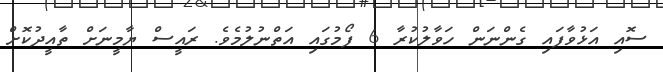
ސޮއި އަޅުވާފައި ގެންނަން ހަވާލުކުރާ 6 ފޯމުގައި އަތްނުލުމެވެ. ރައީސް ޔާމީނަށް ތާއީދުކޮށް